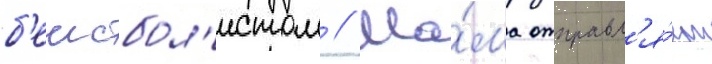
б'еисбол'истом // Ма́ма отправл'я́ет